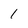
Character: 1